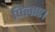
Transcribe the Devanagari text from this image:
पिलाए।